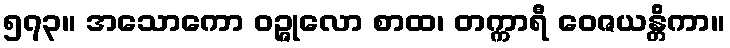
၅၇၃။ အသောကော ဝဉ္ဇုလော စာထ၊ တက္ကာရီ ဝေဇယန္တိကာ။